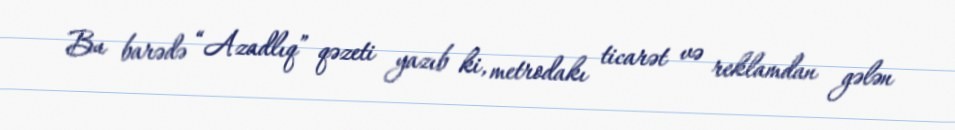
Bu barədə “Azadlıq” qəzeti yazıb ki, metrodakı ticarət və reklamdan gələn